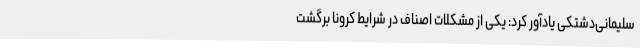
سلیمانی‌دشتکی یادآور کرد: یکی از مشکلات اصناف در شرایط کرونا برگشت